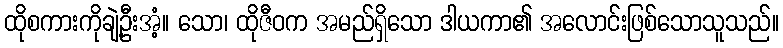
ထိုစကားကိုချဲ့ဦးအံ့။ သော၊ ထိုဇီဝက အမည်ရှိသော ဒါယကာ၏ အလောင်းဖြစ်သောသူသည်။